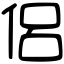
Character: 侶